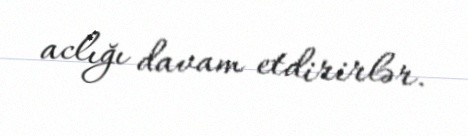
aclığı davam etdirirlər.